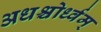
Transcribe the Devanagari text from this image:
अधश्चोर्ध्वम्